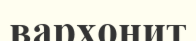
вархонит